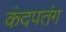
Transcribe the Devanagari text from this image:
कंदपतंग